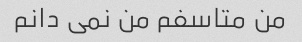
من متاسفم من نمی دانم